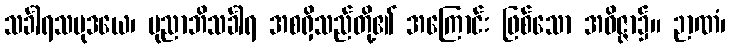
သင်္ခါရသမုဒယေ၊ ပုညာဘိသင်္ခါရ အစရှိသည်တို့၏ အကြောင်း ဖြစ်သော အဝိဇ္ဇာ၌။ ဉာဏံ၊